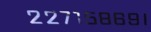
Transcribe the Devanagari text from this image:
२२७१५८६९।